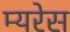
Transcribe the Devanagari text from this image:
म्यरेस